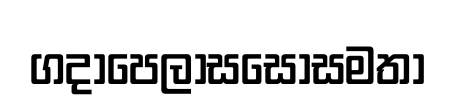
ගදාපෙලාසසොසමතා